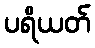
ပရိယတ်